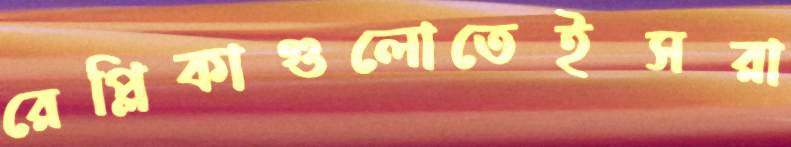
রেপ্লিকাগুলোতেইসরা